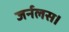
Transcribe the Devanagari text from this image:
जर्नलस।